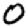
Digit: 0